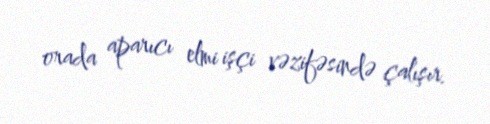
orada aparıcı elmi işçi vəzifəsində çalışır.